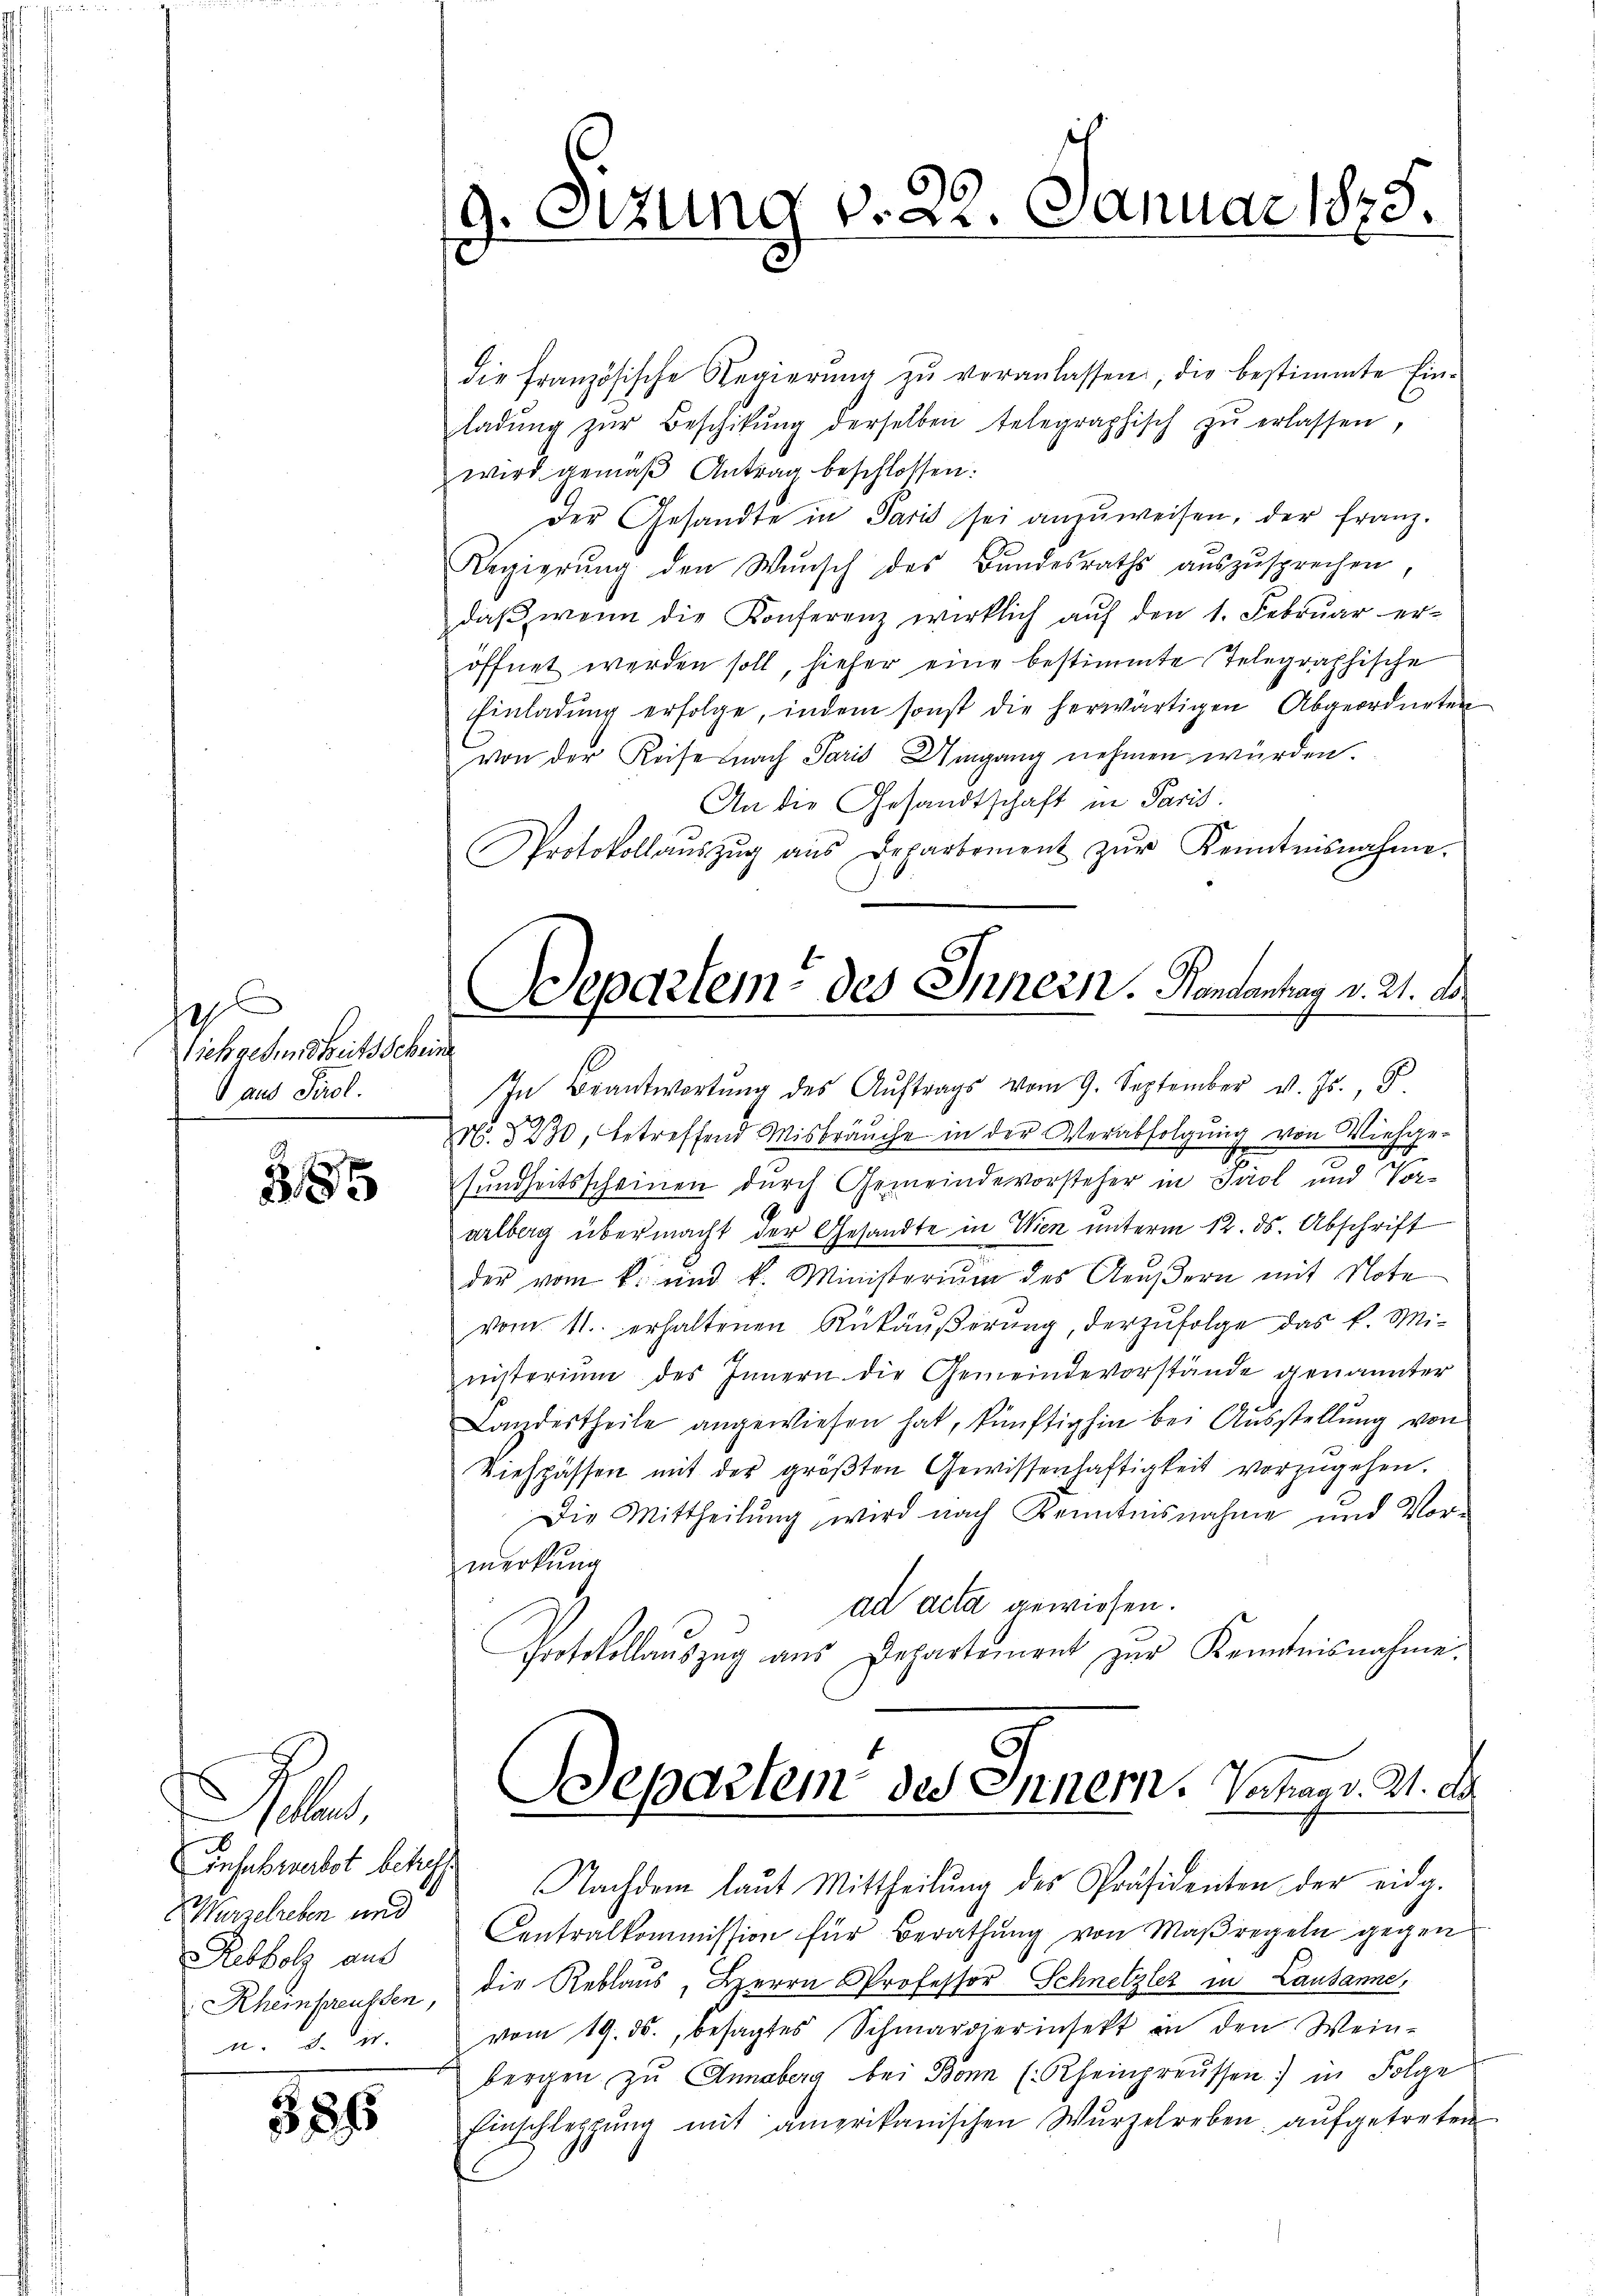
epl
ichgesundheitsscheine
aus Tirol.

285

e
Wurzelreben und
Rebholz aus
u. 8. u.

385

9. Otzung v. 22. Januar 1873.

die französische Regierŭng zŭ veranlassen, die bestimmte Ein-
ladŭng zŭr Beschikŭng derselben telegraphisch zŭ erlassen,
wird gemäβ Antrag beschlossen:
der Gesandte in Paris sei anzŭweisen, der franz.
Regierŭng den Wŭnsch des Bundesraths auszusprechen,
daβ wenn die Konferenz wirklich aŭf den 1. Febrŭar er-
öffnet werden soll, hiefer eine bestimmte Telegraphische
Einladŭng erfolge, indem sonst die herwärtigen Abgeordneten
von der Reise nach Paris Uingang nehmen würden.
An die Gesandtschaft in Paris.
Protokollaŭszŭg aŭs Departement zŭr Kenntnisnahme.
In Beantwortŭng des Aŭftrags vom 9. September v. Js., S.
N. 5230, betreffend Misbräuche in der Verabfolgung von Viehge-
t
sundheitsscheinen durch Gemeindevorsteher in Tirol und Vorarlberg übermacht der Gesandte in Wien unterm 12. ds. Abschrift
der vom k. und k. Ministerium des Aeŭβern mit Note
vom 11. erhaltenen Rükäußerung, derzufolge das k. Miunterium des Innern die Gemeindevorstände genannter
Landestheile angewiesen hat, künftighin bei Ausstellŭng von
Viehpassen mit der größten Gewissenhaftigkeit vorzugehen.
Die Mittheilŭng wird nach Kenntnisnahme und Vor-
merkung
ad acta gewiesen.
Protokollauszug aus Departement zur Kenntnisnahme.
Departem des Innern. Interr. 21. d.
Einselbewerbst betreff Nachdem laut Mittheilŭng des Präsidenten der eidg.
Centralkommission für Berathung von Maßregeln gegen
Rheinpreussen, die Reblaus, Herrn Professor Schnetzler in Lausanne,
vom 19. ds., besagtes Schmarvierinfekt in den Weinbergen zŭ Annaberg bei Bonn (Rheinpreussen) in Folge
Einschleppung mit amerikanischen Wurzelreben aŭfgetreten

Departem des Innern. Handantag v. 21. d.